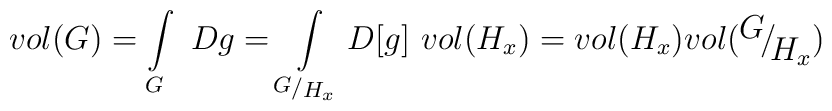
vol(G) = \int\limits_G \ Dg = \int\limits_{\raise 1pt \hbox{$\scriptstyle G$}  / \lower 1pt\hbox{$\scriptstyle H_x$}} D[g] \hskip 4ptvol(H_x) = vol(H_x) vol\bigl(\!\!\raise 4pt \hbox{$\ G$} \! / \!\! \!\lower 4pt\hbox{$\ H_x$}\bigr)